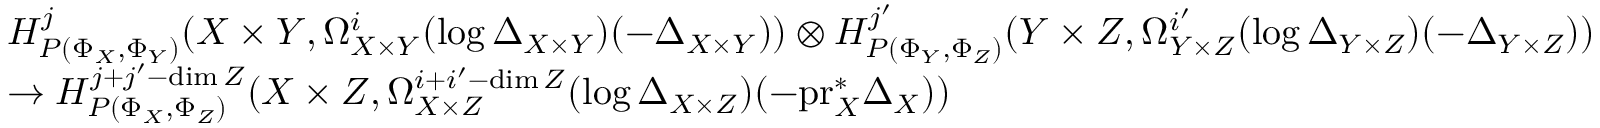
\begin{array} { r l } & { H _ { P ( \Phi _ { X } , \Phi _ { Y } ) } ^ { j } ( X \times Y , \Omega _ { X \times Y } ^ { i } ( \log \Delta _ { X \times Y } ) ( - \Delta _ { X \times Y } ) ) \otimes H _ { P ( \Phi _ { Y } , \Phi _ { Z } ) } ^ { j ^ { \prime } } ( Y \times Z , \Omega _ { Y \times Z } ^ { i ^ { \prime } } ( \log \Delta _ { Y \times Z } ) ( - \Delta _ { Y \times Z } ) ) } \\ & { \to H _ { P ( \Phi _ { X } , \Phi _ { Z } ) } ^ { j + j ^ { \prime } - \dim Z } ( X \times Z , \Omega _ { X \times Z } ^ { i + i ^ { \prime } - \dim Z } ( \log \Delta _ { X \times Z } ) ( - \mathrm { p r } _ { X } ^ { * } \Delta _ { X } ) ) } \end{array}